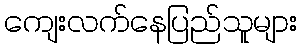
ကျေးလက်နေပြည်သူများ